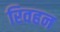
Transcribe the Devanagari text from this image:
रिवहन